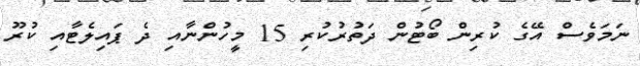
ނަމަވެސް އޭގެ ކުރިން ބޯޓުން ދަތުރުކުރި 15 މީހުންނާއި ދެ ޕައިލެޓާއި ކުރޫ